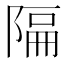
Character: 𫕆